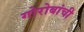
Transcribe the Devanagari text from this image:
गोरोबांची